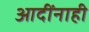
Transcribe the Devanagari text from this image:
आदींनाही